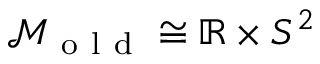
\mathcal { M } _ { \mathrm { ~ o ~ l ~ d ~ } } \cong \mathbb { R } \times S ^ { 2 }